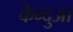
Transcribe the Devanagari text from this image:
केन्‍दुआ